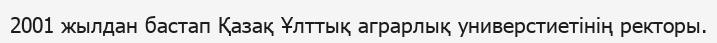
2001 жылдан бастап Қазақ Ұлттық аграрлық универстиетінің ректоры.